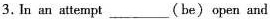
3.In an attempt ___(be) open and